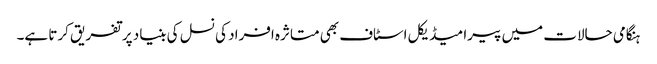
ہنگامی حالات میں پیرا میڈیکل اسٹاف بھی متاثرہ افراد کی نسل کی بنیاد پر تفریق کرتا ہے۔